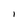
Character: I